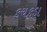
કચકડા